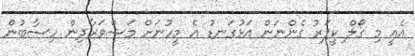
އެއީ މި ގޯލް ކީޕަރު ގެންނަން އަޅުގަނޑު އެ މީހުނަށް މަޝްވަރާދިން ހިސާބުން